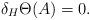
LaTeX: \begin{align*}\delta_H\Theta(A) = 0.\end{align*}